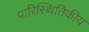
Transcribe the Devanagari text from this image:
पारिस्‍थितिकीय